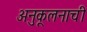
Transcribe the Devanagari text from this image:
अनुकूलनाची